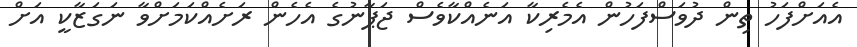
އެއަށްފަހު ތިން ދުވަސްފަހުން އެމެރިކާ އަނެއްކާވެސް ޖަޕާނުގެ އެހެން ރަށެއްކަމަށްވާ ނަގަޒާކީ އަށް